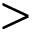
>